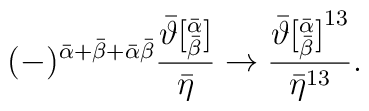
(-)^{{\bar\alpha}+{\bar\beta}+\bar\alpha\bar\beta}\frac{{\bar\vartheta}[^{\bar\alpha}_{\bar\beta}]}{{\bar\eta}}\rightarrow\frac{{\bar\vartheta[^{\bar\alpha}_{\bar\beta}]}^{13}}{{\bar\eta}^{13}}.